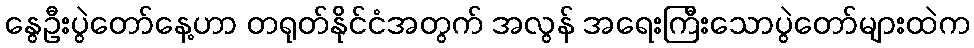
နွေဦးပွဲတော်နေ့ဟာ တရုတ်နိုင်ငံအတွက် အလွန် အရေးကြီးသောပွဲတော်များထဲက